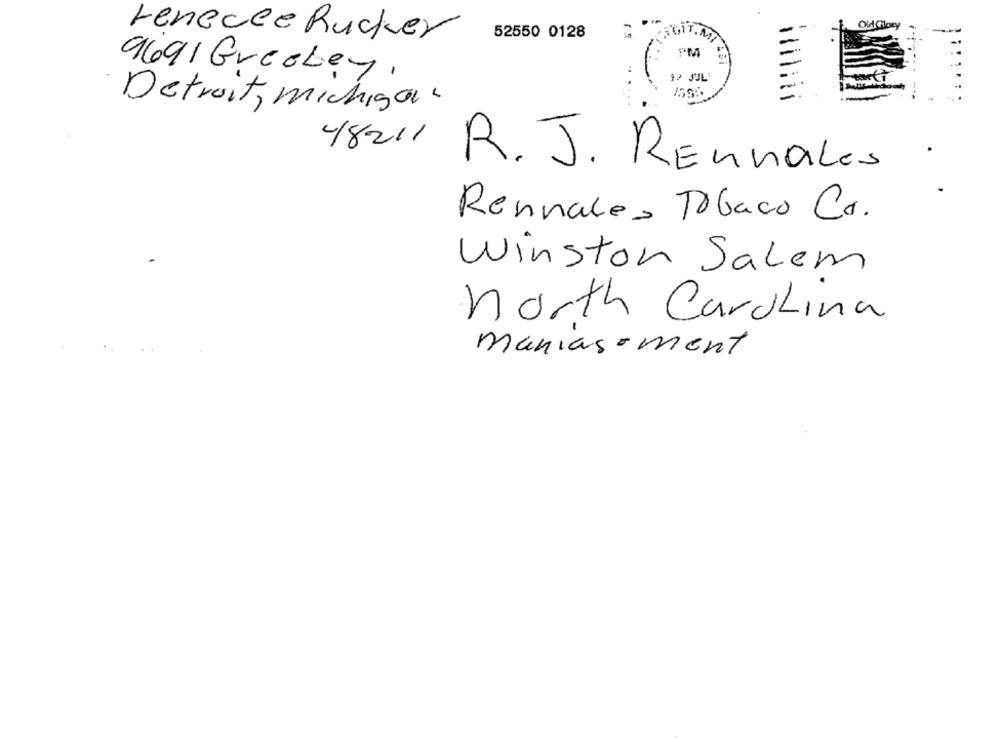
OldGlory
renecee Rucker
52550 0128
SGIT.M
9691 GreeLey,
12 JUL
11
Detroit, michigan.
48211 R. J. Rennales
Rennale , Tobaco Co.
Winston Salem
north Carolina
manias-ment